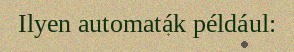
Ilyen automaták például: